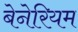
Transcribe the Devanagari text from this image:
बेनेरियम